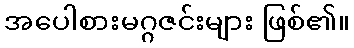
အပေါစားမဂ္ဂဇင်းများ ဖြစ်၏။